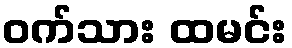
ဝက်သား ထမင်း